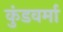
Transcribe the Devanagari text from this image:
कुंडवर्मा